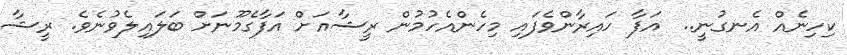
ކިހިނެއް އެނގުނީ..  އަފާ ހައިރާންވެފައި މިހެންއެހުމުން ރީޝާއަށް އަފާގެމޫނަށް ބަލައިލެވުނެވެ. ރީޝާ